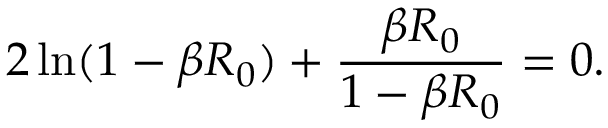
2 \ln ( 1 - \beta R _ { 0 } ) + \frac { \beta R _ { 0 } } { 1 - \beta R _ { 0 } } = 0 .